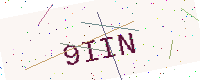
Text: 9IIN